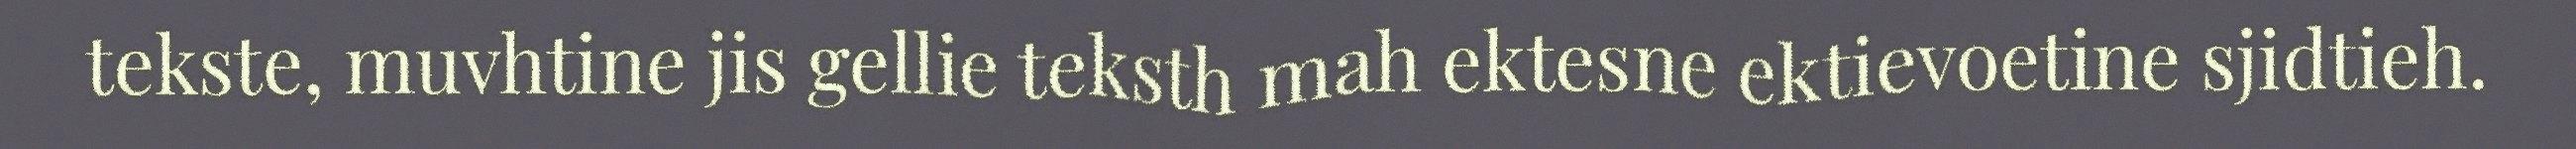
tekste, muvhtine jis gellie teksth mah ektesne ektievoetine sjidtieh.